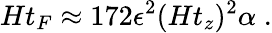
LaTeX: Ht_{F}\approx 172\epsilon^{2}(Ht_{z})^{2}\alpha\; .